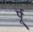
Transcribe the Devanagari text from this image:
र्पू